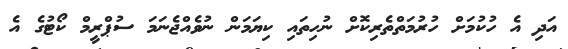
އަދި އެ ހުކުމަށް ހުރުމަތްތެރިކޮށް ނުހިތައި ކިޔަމަން ނުވެއްޖެނަމަ ސުޕްރީމް ކޯޓުގެ އެ